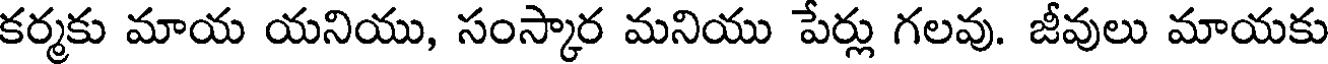
కర్మకు మాయ యనియు, సంస్కార మనియు పేర్లు గలవు. జీవులు మాయకు